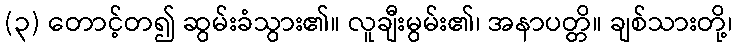
(၃) တောင့်တ၍ ဆွမ်းခံသွား၏။ လူချီးမွမ်း၏၊ အနာပတ္တိ။ ချစ်သားတို့၊